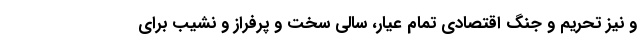
و نیز تحریم و جنگ اقتصادی تمام عیار، سالی سخت و پرفراز و نشیب برای